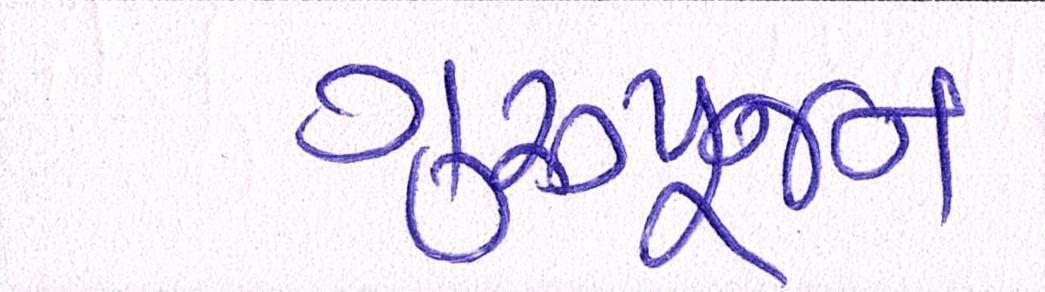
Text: ગુરૂપૂજન